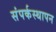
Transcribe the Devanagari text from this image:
संपर्कस्थापन